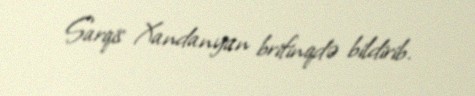
Sarqis Xandanyan brifinqdə bildirib.